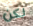
لكن